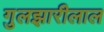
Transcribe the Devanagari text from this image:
गुलझारीलाल